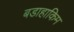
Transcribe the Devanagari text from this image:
बडाहाकिम